Leaving Certificate Examination (including Day School Certificate (Higher) General paper), 1938
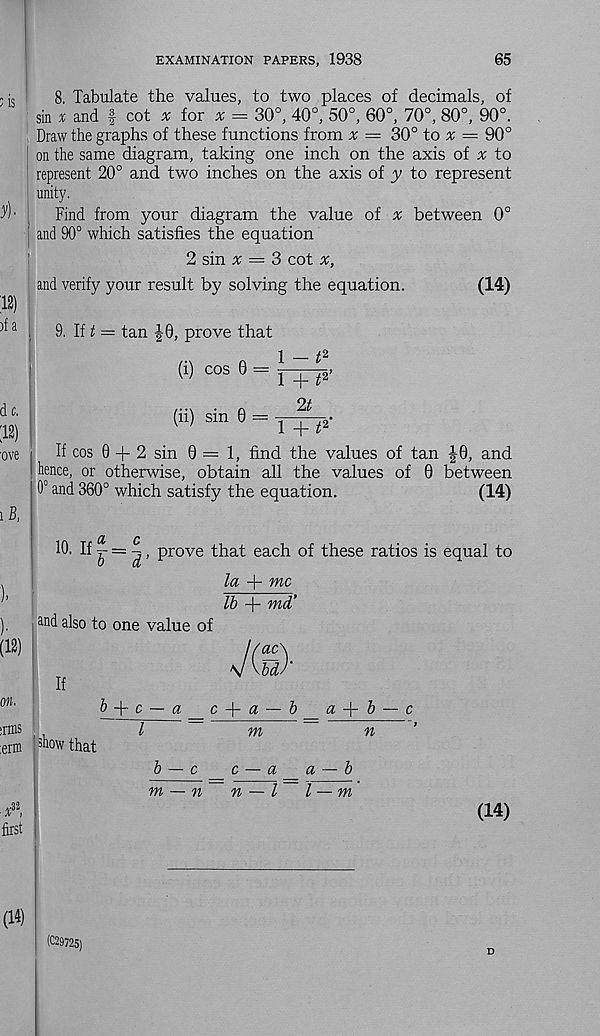
EXAMINATION PAPERS, 1938
65
8. Tabulate the values, to two places of decimals, of
sin * and f cot x for x = 30°, 40°, 50°, 60°, 70°, 80°, 90°.
Draw the graphs of these functions from v = 30° to = 90°
on the same diagram, taking one inch on the axis of % to
represent 20° and two inches on the axis of y to represent
unity.
Find from your diagram the value of x between 0°
and 90° which satisfies the equation
2 sin ^ = 3 cot x,
and verify your result by solving the equation.
(14)
9. If = tan |0, prove that
(i) cos 0
(ii) sin 0
1 - / 2
1 + t*
2t
1 + t*
If cos 0 + 2 sin 0=1, find the values of tan |0, and
hence, or otherwise, obtain all the values of 0 between
0° and 360° which satisfy the equation.
(14)
CL
C
10. If2L=h ; prove that each of these ratios is equal to
la + wc
a nd also to one value of
If
lb + md’
ac\
W'
show that
b
c — a _c-\-a — b__a-\-b — c
l
m
n
b — c
c — a a —- b
m — n~ n — l~ l — m
(14)
(C29725)